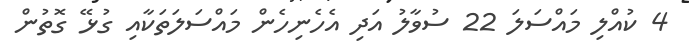
4 ކުއްލި މައްސަލަ 22 ސުވާލު އަދި އެހެނިހެން މައްސަލަތަކާއި ގުޅޭ ގޮތުން